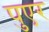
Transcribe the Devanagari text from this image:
पुएर